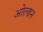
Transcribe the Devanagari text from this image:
ओल्ढन